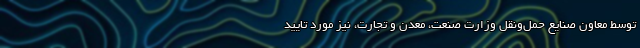
توسط معاون صنایع حمل‌ونقل وزارت صنعت، معدن و تجارت، نیز مورد تایید